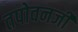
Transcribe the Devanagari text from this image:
तपोवनजी